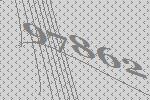
97862